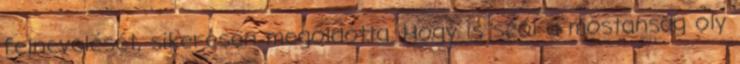
felnevelését, sikeresen megoldotta. Hogy is szól a mostanság oly